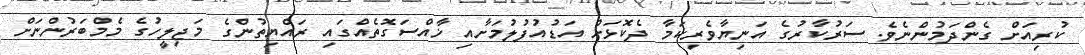
ކުރިއަށް ގެންދަމުންނެވެ. ސަރުކާރުގެ އަނިޔާވެރިކަމާ ދެކޮޅަށް އަޑުއުފުލުމަށާއި ޚާއްސަގޮތެއްގައި ރައްޔިތުންގެ މަޖިލީހުގެ މެމްބަރުންނަށް